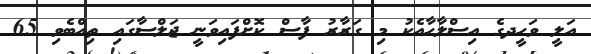
އަލީ ވަހީދގެ އިސްލާހާއެކު މި ގަރާރު ފާސް ކޮށްފައިވަނީ ޖަލްސާގައި ތިއްބެވި 65